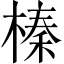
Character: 榛